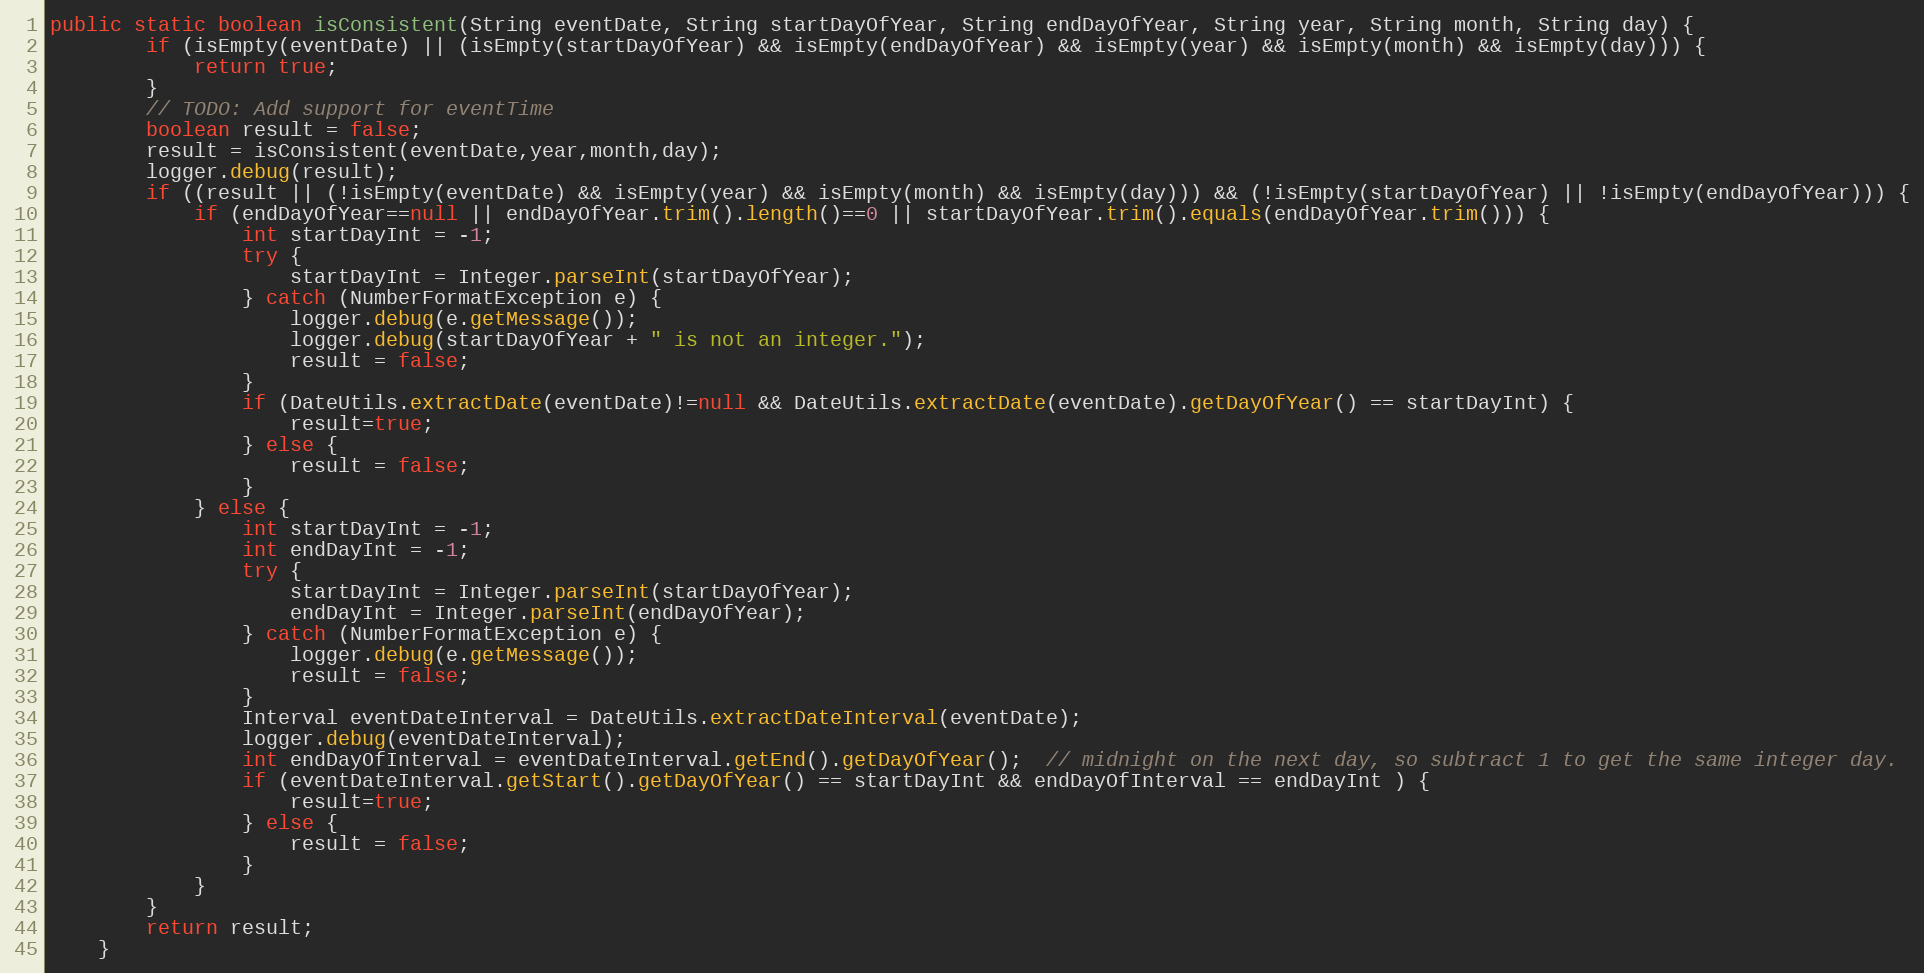
Language: Java
public static boolean isConsistent(String eventDate, String startDayOfYear, String endDayOfYear, String year, String month, String day) {
    	if (isEmpty(eventDate) || (isEmpty(startDayOfYear) && isEmpty(endDayOfYear) && isEmpty(year) && isEmpty(month) && isEmpty(day))) {
    		return true;
    	}
		// TODO: Add support for eventTime
    	boolean result = false;
    	result = isConsistent(eventDate,year,month,day);
    	logger.debug(result);
    	if ((result || (!isEmpty(eventDate) && isEmpty(year) && isEmpty(month) && isEmpty(day))) && (!isEmpty(startDayOfYear) || !isEmpty(endDayOfYear))) {
    		if (endDayOfYear==null || endDayOfYear.trim().length()==0 || startDayOfYear.trim().equals(endDayOfYear.trim())) {
    			int startDayInt = -1;
    			try {
    				startDayInt = Integer.parseInt(startDayOfYear);
    			} catch (NumberFormatException e) {
    				logger.debug(e.getMessage());
    				logger.debug(startDayOfYear + " is not an integer.");
    				result = false;
    			}
    			if (DateUtils.extractDate(eventDate)!=null && DateUtils.extractDate(eventDate).getDayOfYear() == startDayInt) {
    				result=true;
    			} else {
    				result = false;
    			}
    		} else {
       			int startDayInt = -1;
       			int endDayInt = -1;
    			try {
    				startDayInt = Integer.parseInt(startDayOfYear);
    				endDayInt = Integer.parseInt(endDayOfYear);
    			} catch (NumberFormatException e) {
    				logger.debug(e.getMessage());
    				result = false;
    			}
    			Interval eventDateInterval = DateUtils.extractDateInterval(eventDate);
    			logger.debug(eventDateInterval);
    			int endDayOfInterval = eventDateInterval.getEnd().getDayOfYear();  // midnight on the next day, so subtract 1 to get the same integer day.
    			if (eventDateInterval.getStart().getDayOfYear() == startDayInt && endDayOfInterval == endDayInt ) {
    				result=true;
    			} else {
    				result = false;
    			}
    		}
    	}
    	return result;
    }